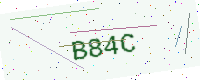
Text: B84C